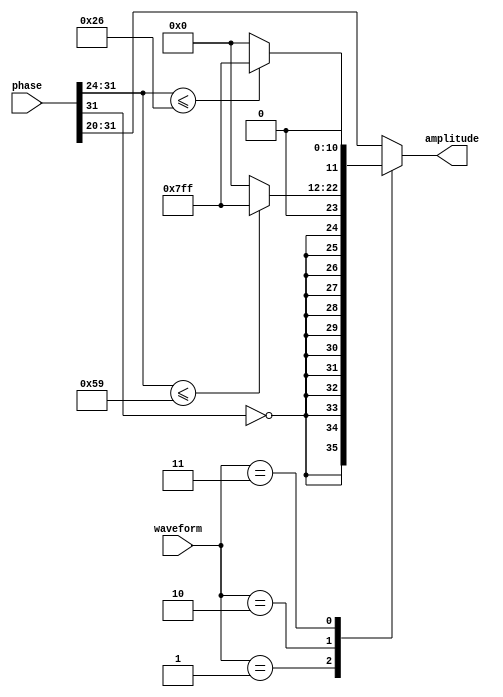
`timescale 1ns / 1ps
//////////////////////////////////////////////////////////////////////////////////
// Company: 
// Engineer: 
// 
// Design Name: 
// Module Name:    PAConverter 
// Project Name: 
// Target Devices: 
// Tool versions: 
// Description: 
//
// Dependencies: 
//
// Revision: 
// Revision 0.01 - File Created
// Additional Comments: 
//
//////////////////////////////////////////////////////////////////////////////////
 module PAConverter(
    input [31:0] phase,
    input [2:0] waveform,
    output reg [11:0] amplitude
    );

	always @ (waveform or phase[31:24])
		case (waveform)
			// square wave - 50% duty cycle
			3'b001:
				amplitude = {12{!phase[31]}};
			// square wave - 35% duty cycle
			3'b010:
				begin
					if (phase[31:24] <= 8'd89)
						amplitude = {12'b11111111111};
					else
						amplitude = {12'b00000000000};
				end
			// square wave - 15% duty cycle
			3'b011:
				begin
					if (phase[31:24] <= 8'd38)
						amplitude = {12'b11111111111};
					else
						amplitude = {12'b00000000000};
				end
			// sawtooth
			default:
				amplitude = {phase[31:20]};
		endcase
			
endmodule